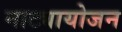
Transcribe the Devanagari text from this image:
नाट्यायोजन